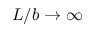
L / b \rightarrow \infty